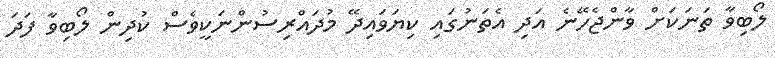
ލޯބިވާ ތަނަކަށް ވާންޖެހޭނެ އަދި އެތަނުގައި ކިޔަވައިދޭ މުދައްރިސުންނަކީވެސް ކުދިން ލޯބިވާ ފަދަ